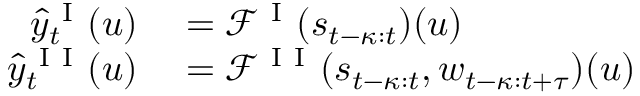
\begin{array} { r l } { \hat { y } _ { t } ^ { \mathrm { ~ I ~ } } ( u ) } & { { } = \mathcal { F } ^ { \mathrm { ~ I ~ } } ( s _ { t - \kappa : t } ) ( u ) } \\ { \hat { y } _ { t } ^ { \mathrm { ~ I ~ I ~ } } ( u ) } & { { } = \mathcal { F } ^ { \mathrm { ~ I ~ I ~ } } ( s _ { t - \kappa : t } , w _ { t - \kappa : t + \tau } ) ( u ) } \end{array}